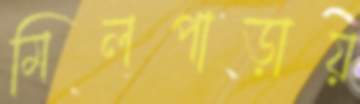
মিলপাড়ায়